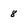
Character: 8